Report of the Municipal Commissioner on the plague in Bombay for the year ending 31st May... - Volume 1
Disease focus: Plague
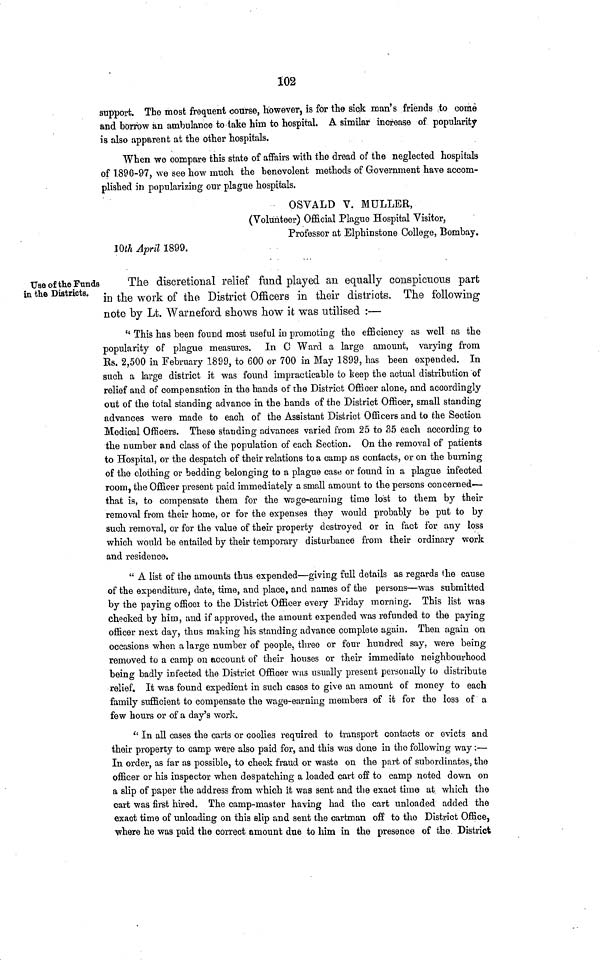
102
support. The most frequent course, however, is for the sick man's friends to come
and borrow an ambulance to take him to hospital. A similar increase of popularity
is also apparent at the other hospitals.
When we compare this state of affairs with the dread of the neglected hospitals
of 1896-97, we see how much the benevolent methods of Government have accom-
plished in popularizing our plague hospitals.
OSVALD V. MULLER,
(Volunteer) Official Plague Hospital Visitor,
Professor at Elphinstone College, Bombay.
10th April 1899.
Use of the Funds
in the Districts.
The discretional relief fund played an equally conspicuous part
in the work of the District Officers in their districts. The following
note by Lt. Warneford shows how it was utilised :—
" This has been found most useful in promoting the efficiency as well as the
popularity of plague measures. In C Ward a large amount, varying from
Es. 2,500 in February 1899, to 600 or 700 in May 1899, has been expended. In
such a large district it was found impracticable to keep the actual distribution of
relief and of compensation in the hands of the District Officer alone, and accordingly
out of the total standing advance in the hands of the District Officer, small standing
advances were made to each of the Assistant District Officers and to the Section
Medical Officers. These standing advances varied from 25 to 35 each according to
the number and class of the population of each Section. On the removal of patients
to Hospital, or the despatch, of their relations to a camp as contacts, or on the burning
of the clothing or bedding belonging to a plague case or found in a plague infected
room, the Officer present paid immediately a small amount to the persons concerned—
that is, to compensate them for the wage-earning time lost to them by their
removal from their home, or for the expenses they would probably be put to by
such removal, or for the value of their property destroyed or in fact for any loss
which would be entailed by their temporary disturbance from their ordinary work
and residence.
" A list of the amounts thus expended—giving full details as regards the cause
of the expenditure, date, time, and place, and names of the persons—was submitted
by the paying officer to the District Officer every Friday morning. This list was
checked by him, and if approved, the amount expended was refunded to the paying
officer next day, thus making his standing advance complete again. Then again on
occasions when a large number of people, three or four hundred say, were being-
removed to a camp on account of their houses or their immediate neighbourhood
being badly infected the District Officer was usually present personally to distribute
relief. It was found expedient in such cases to give an amount of money to each
family sufficient to compensate the wage-earning members of it for the loss of a
few hours or of a day's work.
" In all cases the carts or coolies required to transport contacts or evicts and
their property to camp were also paid for, and this was done in the following way :—
In order, as far as possible, to check fraud or waste on the part of subordinates, the
officer or his inspector when despatching a loaded cart off to camp noted down on
a slip of paper the address from which it was sent and the exact time at which the
cart was first hired. The camp-master having had the cart unloaded added the
exact time of unloading on this slip and sent the cartman off to the District Office,
where he was paid the correct amount due to him in the presence of the District